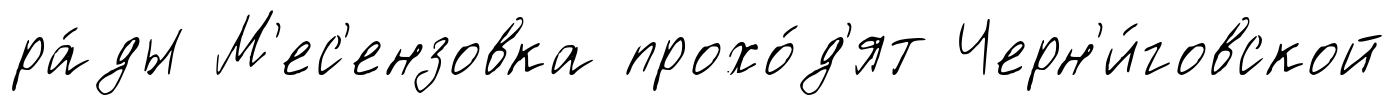
ра́ды М'ес'ензовка прохо́д'ят Черн'и́говской